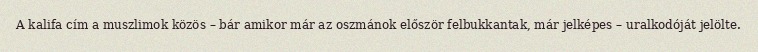
A kalifa cím a muszlimok közös – bár amikor már az oszmánok először felbukkantak, már jelképes – uralkodóját jelölte.